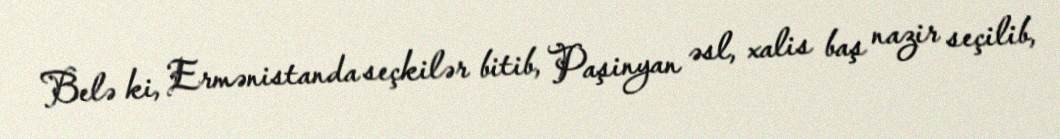
Belə ki, Ermənistanda seçkilər bitib, Paşinyan əsl, xalis baş nazir seçilib,